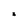
Character: 8